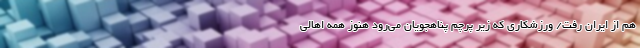
هم از ایران رفت/ ورزشکاری که زیر پرچم پناهجویان می‌رود هنوز همه اهالی